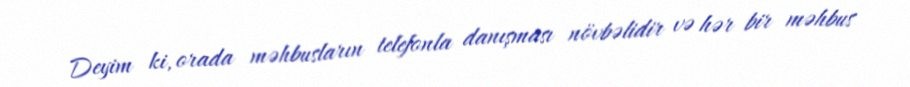
Deyim ki, orada məhbusların telefonla danışması növbəlidir və hər bir məhbus